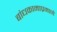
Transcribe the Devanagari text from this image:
बांधकामाप्रमाणे